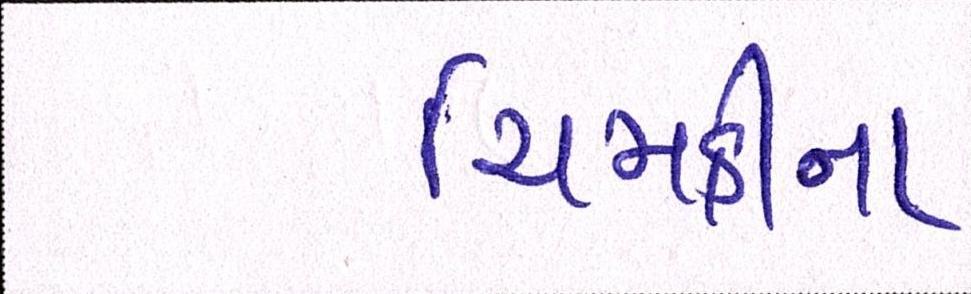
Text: ચિમકીના